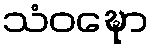
သံဝဍ္ဎော